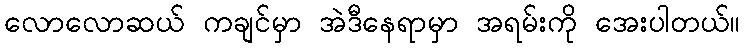
လောလောဆယ် ကချင်မှာ အဲဒီနေရာမှာ အရမ်းကို အေးပါတယ်။